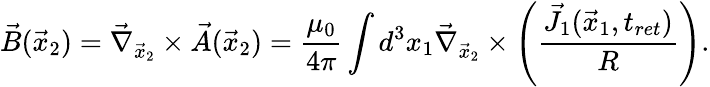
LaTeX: \vec{B}(\vec{x}_{2})=\vec{\nabla}_{\vec{x}_{2}}\times\vec{A}(\vec{x}_{2})=\frac{\mu_{0}}{4\pi}\int d^{3}x_{1}\vec{\nabla}_{\vec{x}_{2}}\times\left(\frac{\vec{J}_{1}(\vec{x}_{1},t_{ret})}{R}\right).